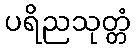
ပရိညသုတ္တံ